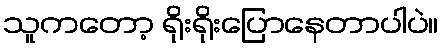
သူကတော့ ရိုးရိုးပြောနေတာပါပဲ။